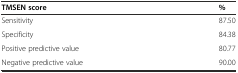
| TMSEN score | % |
 | --- | --- |
 | Sensitivity | 87.50 |
 | Specificity | 84.38 |
 | Positive predictive value | 80.77 |
 | Negative predictive value | 90.00 |